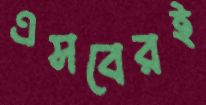
এসবেরই